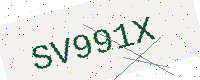
Text: SV991X